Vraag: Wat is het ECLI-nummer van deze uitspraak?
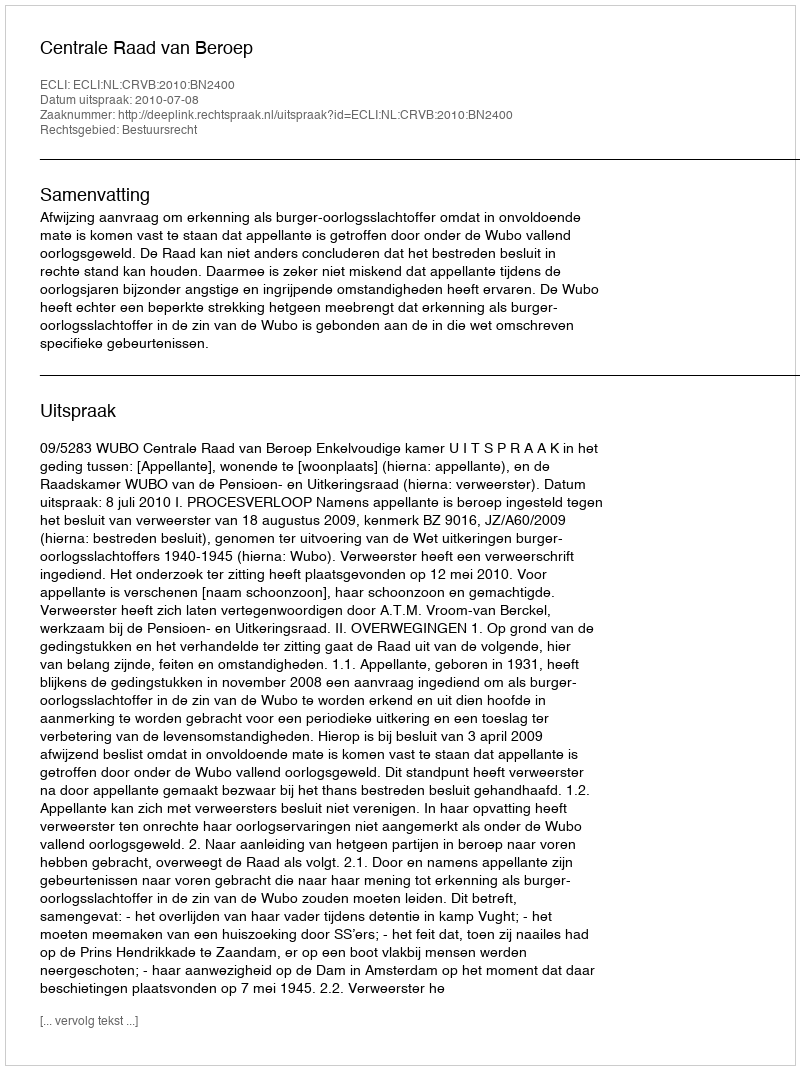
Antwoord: ECLI:NL:CRVB:2010:BN2400